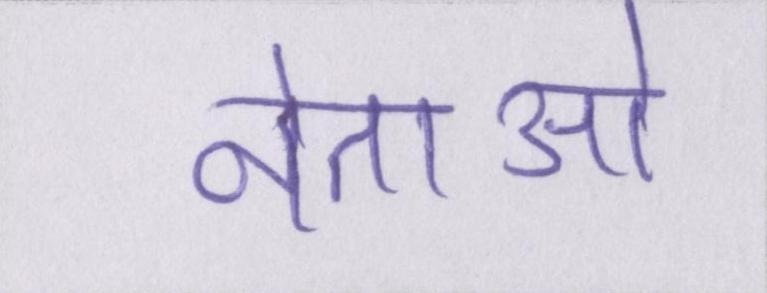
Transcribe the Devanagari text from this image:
नेताओ